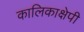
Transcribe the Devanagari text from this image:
कालिकाक्षेपी